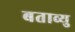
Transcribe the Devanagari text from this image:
बताव्यु